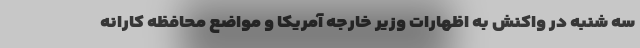
سه شنبه در واکنش به اظهارات وزیر خارجه آمریکا و مواضع محافظه کارانه